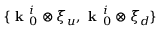
\{ \textbf { k } _ { 0 } ^ { i } \otimes \xi _ { u } , \textbf { k } _ { 0 } ^ { i } \otimes \xi _ { d } \}